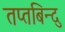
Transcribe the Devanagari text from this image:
तप्तबिन्दु